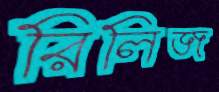
রিলিজ